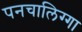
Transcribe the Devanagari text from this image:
पनचालिग्गा